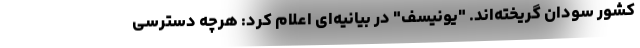
کشور سودان گریخته‌اند. "یونیسف" در بیانیه‌ای اعلام کرد: هرچه دسترسی